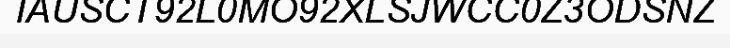
IAUSCT92L0MO92XLSJWCC0Z3ODSNZ